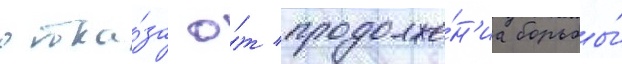
отка́за о́т продолже́н'иа борьбы́